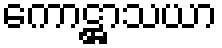
ကောဋ္ဌာသယာ